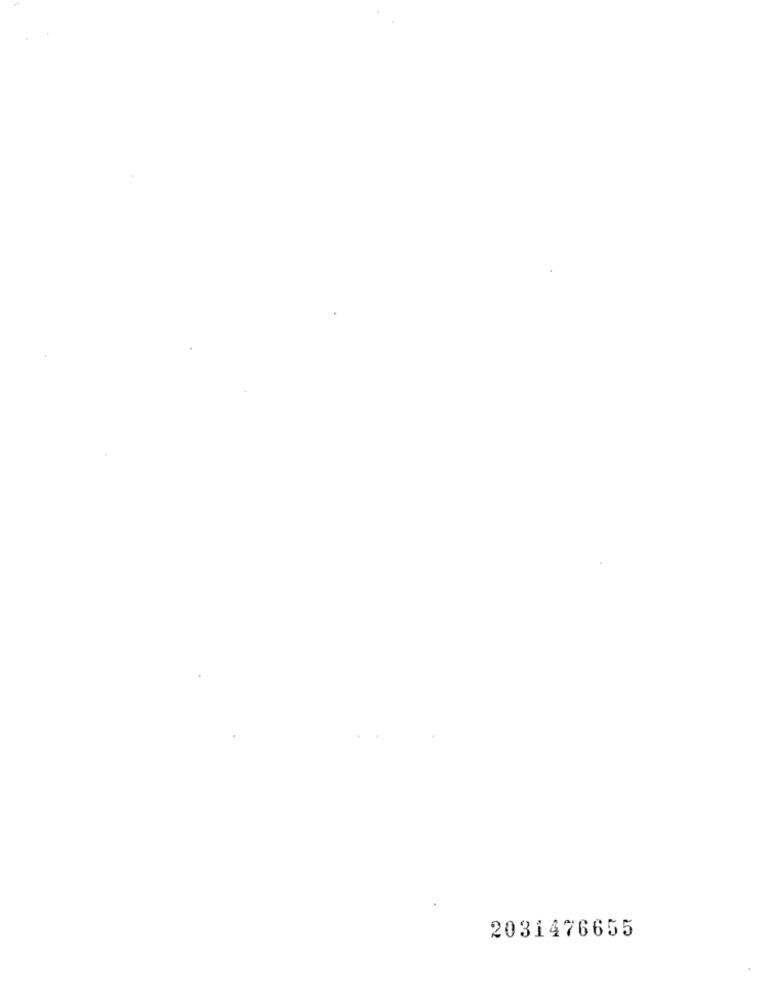
2031476655